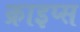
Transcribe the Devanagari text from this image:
क्राइप्स